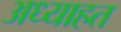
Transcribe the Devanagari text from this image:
अध्याहत